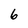
Character: 6